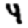
Digit: 4